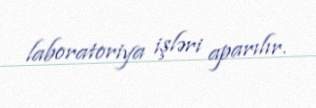
laboratoriya işləri aparılır.